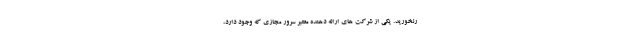
رنخورید. یکی از شرکت های ارائه دهنده معتبر سرور مجازی که وجود دارد،